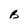
Character: B